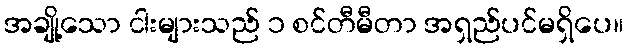
အချို့သော ငါးများသည် ၁ စင်တီမီတာ အရှည်ပင်မရှိပေ။